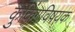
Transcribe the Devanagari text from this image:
कुकिंगविषयक